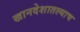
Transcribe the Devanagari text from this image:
खानदेशातल्याच